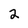
Character: 2